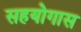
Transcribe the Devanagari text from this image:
सहयोगास